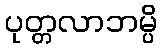
ပုတ္တလာဘမ္ပိ